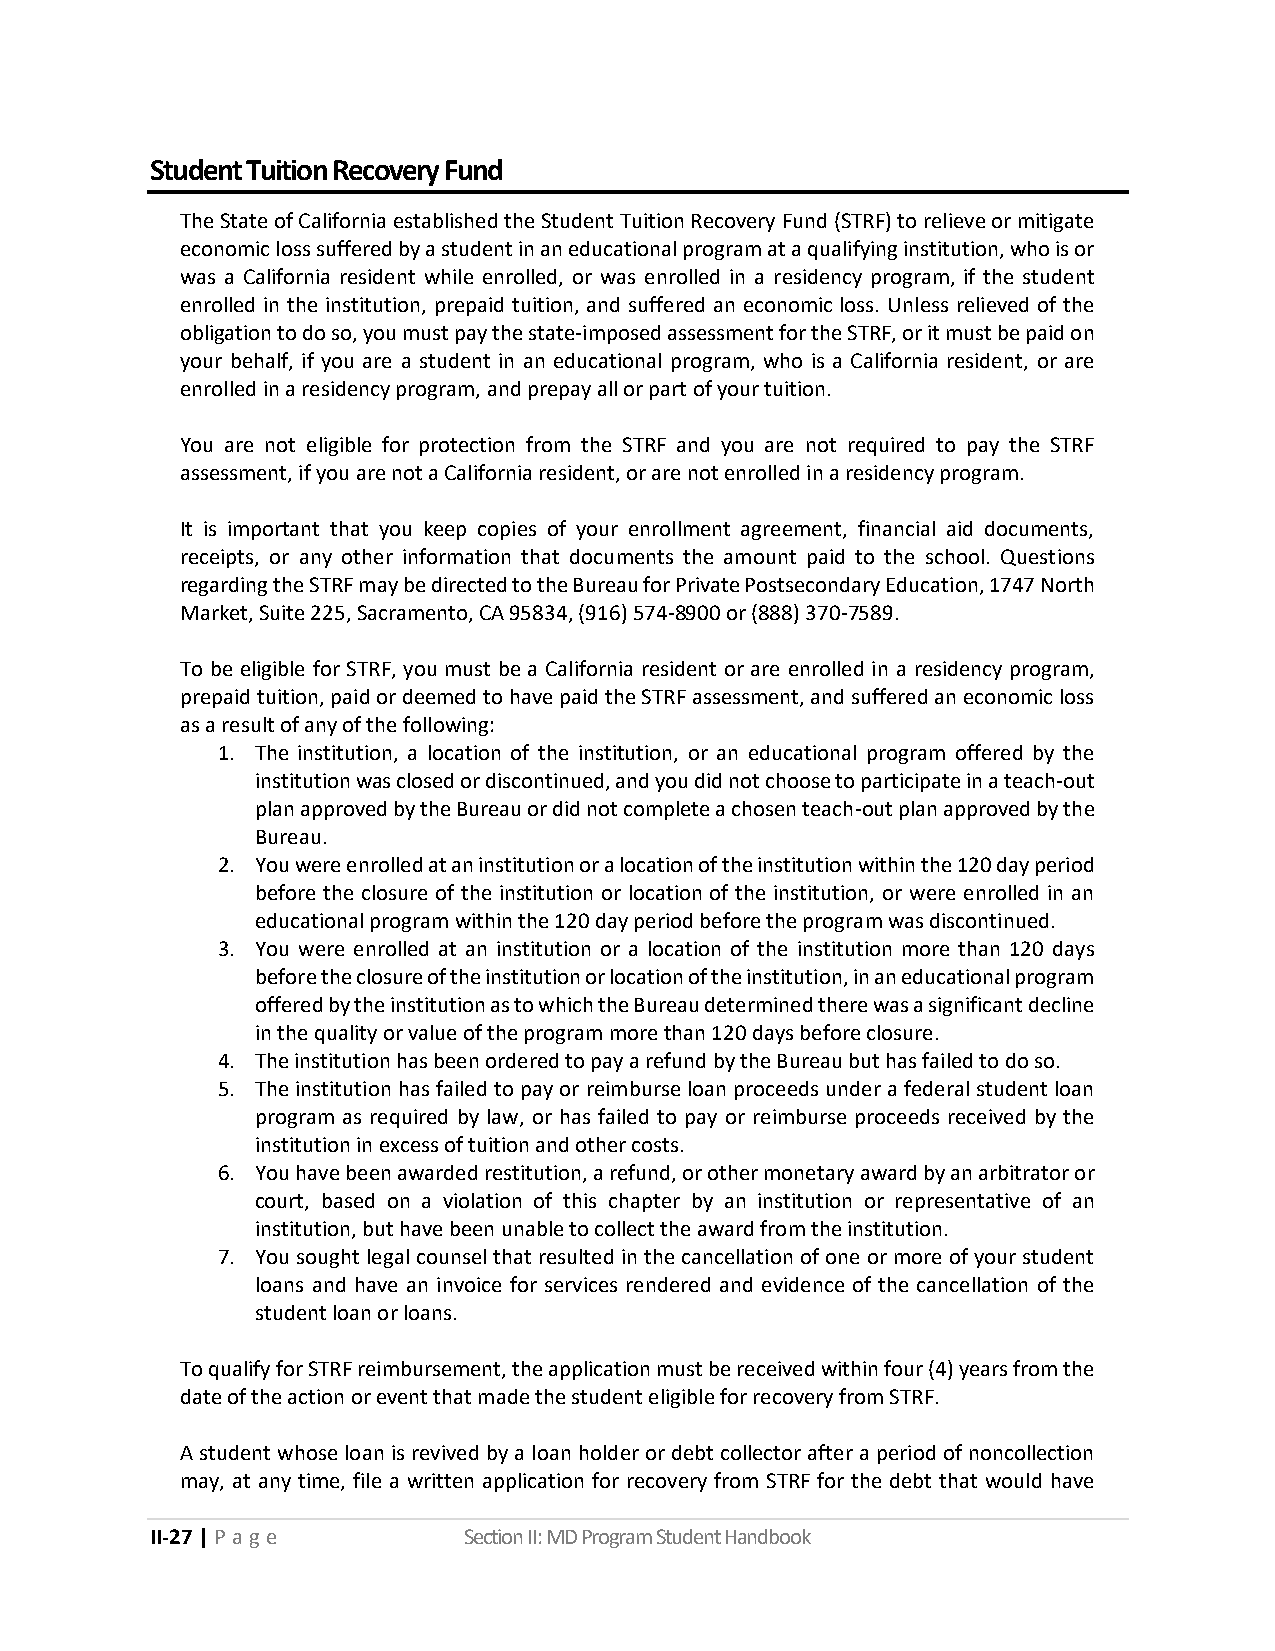
Student Tuition Recovery Fund
 The State of California established the Student Tuition Recovery Fund (STRF) to relieve or mitigate
 economic loss suffered by a student in an educational program at a qualifying institution, who is or
 was a California resident while enrolled, or was enrolled in a residency program, if the student
 enrolled in the institution, prepaid tuition, and suffered an economic loss. Unless relieved of the
 obligation to do so, you must pay the state-imposed assessment for the STRF, or it must be paid on
 your behalf, if you are a student in an educational program, who is a California resident, or are
 enrolled in a residency program, and prepay all or part of your tuition.
 You are not eligible for protection from the STRF and you are not required to pay the STRF
 assessment, if you are not a California resident, or are not enrolled in a residency program.
 It is important that you keep copies of your enrollment agreement, financial aid documents,
 receipts, or any other information that documents the amount paid to the school. Questions
 regarding the STRF may be directed to the Bureau for Private Postsecondary Education, 1747 North
 Market, Suite 225, Sacramento, CA 95834, (916) 574-8900 or (888) 370-7589.
 To be eligible for STRF, you must be a California resident or are enrolled in a residency program,
 prepaid tuition, paid or deemed to have paid the STRF assessment, and suffered an economic loss
 as a result of any of the following:
 1. The institution, a location of the institution, or an educational program offered by the
 institution was closed or discontinued, and you did not choose to participate in a teach-out
 plan approved by the Bureau or did not complete a chosen teach-out plan approved by the
 Bureau.
 2. You were enrolled at an institution or a location of the institution within the 120 day period
 before the closure of the institution or location of the institution, or were enrolled in an
 educational program within the 120 day period before the program was discontinued.
 3. You were enrolled at an institution or a location of the institution more than 120 days
 before the closure of the institution or location of the institution, in an educational program
 offered by the institution as to which the Bureau determined there was a significant decline
 in the quality or value of the program more than 120 days before closure.
 4. The institution has been ordered to pay a refund by the Bureau but has failed to do so.
 5. The institution has failed to pay or reimburse loan proceeds under a federal student loan
 program as required by law, or has failed to pay or reimburse proceeds received by the
 institution in excess of tuition and other costs.
 6. You have been awarded restitution, a refund, or other monetary award by an arbitrator or
 court, based on a violation of this chapter by an institution or representative of an
 institution, but have been unable to collect the award from the institution.
 7. You sought legal counsel that resulted in the cancellation of one or more of your student
 loans and have an invoice for services rendered and evidence of the cancellation of the
 student loan or loans.
 To qualify for STRF reimbursement, the application must be received within four (4) years from the
 date of the action or event that made the student eligible for recovery from STRF.
 A student whose loan is revived by a loan holder or debt collector after a period of noncollection
 may, at any time, file a written application for recovery from STRF for the debt that would have
 II-27 | P a g e      Section II: MD Program Student Handbook